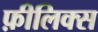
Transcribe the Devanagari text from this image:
फ़ीलिक्स